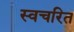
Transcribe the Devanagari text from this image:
स्वचरित